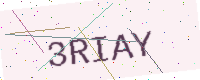
Text: 3RIAY